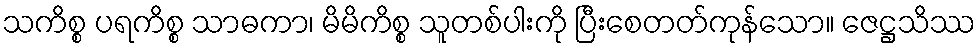
သကိစ္စ ပရကိစ္စ သာဓကာ၊ မိမိကိစ္စ သူတစ်ပါးကို ပြီးစေတတ်ကုန်သော။ ဇေဋ္ဌသိဿ